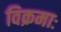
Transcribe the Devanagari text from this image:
विक्रमाः